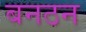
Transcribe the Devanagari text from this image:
बनठन